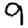
Digit: 9